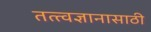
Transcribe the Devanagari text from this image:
तत्त्वज्ञानासाठी